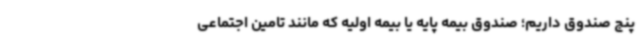
پنج صندوق داریم؛ صندوق بیمه پایه یا بیمه اولیه که مانند تامین اجتماعی